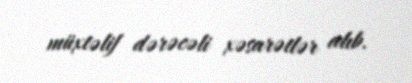
müxtəlif dərəcəli xəsarətlər alıb.